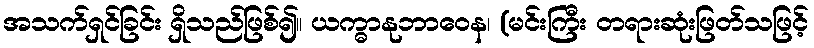
အသက်ရှင်ခြင်း ရှိသည်ဖြစ်၍။ ယက္ဓာနုဘာဝေန၊ (မင်းကြီး တရားဆုံးဖြတ်သဖြင့်